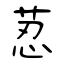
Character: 荵